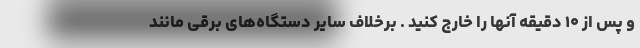
و پس از ۱۰ دقیقه آنها را خارج کنید . برخلاف سایر دستگاه‌های برقی مانند